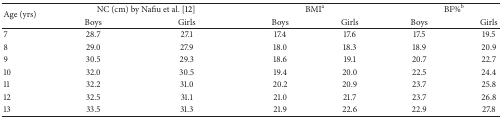
<table><thead><tr><td rowspan="2"><b>Age (yrs)</b></td><td colspan="2"><b>NC (cm) by Nafiu et al. [12]</b></td><td colspan="2"><b>BMI<sup>a</sup></b></td><td colspan="2"><b>BF%<sup>b</sup></b></td></tr><tr><td><b>Boys</b></td><td><b>Girls</b></td><td><b>Boys</b></td><td><b>Girls</b></td><td><b>Boys</b></td><td><b>Girls</b></td></tr></thead><tbody><tr><td>7</td><td>28.7</td><td>27.1</td><td>17.4</td><td>17.6</td><td>17.5</td><td>19.5</td></tr><tr><td>8</td><td>29.0</td><td>27.9</td><td>18.0</td><td>18.3</td><td>18.9</td><td>20.9</td></tr><tr><td>9</td><td>30.5</td><td>29.3</td><td>18.6</td><td>19.1</td><td>20.7</td><td>22.7</td></tr><tr><td>10</td><td>32.0</td><td>30.5</td><td>19.4</td><td>20.0</td><td>22.5</td><td>24.4</td></tr><tr><td>11</td><td>32.2</td><td>31.0</td><td>20.2</td><td>20.9</td><td>23.7</td><td>25.8</td></tr><tr><td>12</td><td>32.5</td><td>31.1</td><td>21.0</td><td>21.7</td><td>23.7</td><td>26.8</td></tr><tr><td>13</td><td>33.5</td><td>31.3</td><td>21.9</td><td>22.6</td><td>22.9</td><td>27.8</td></tr></tbody></table>